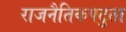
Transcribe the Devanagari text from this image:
राजनैतिकपटुता